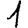
Digit: 1